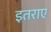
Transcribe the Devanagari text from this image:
इतराए